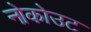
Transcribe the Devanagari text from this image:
नोकोउट